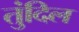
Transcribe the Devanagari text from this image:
तुंदिल